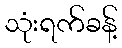
သုံးရက်ခန့်